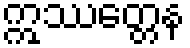
ဣဿတ္တေန